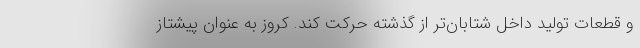
و قطعات تولید داخل شتابان‌تر از گذشته حرکت کند. کروز به عنوان پیشتاز